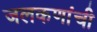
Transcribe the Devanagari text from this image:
जलकणांची